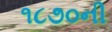
૧૮૭૦ની